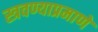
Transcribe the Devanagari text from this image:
स्त्रवण्याप्रमाणे